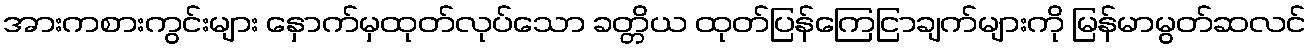
အားကစားကွင်းများ နှောက်မှထုတ်လုပ်သော ခတ္တိယ ထုတ်ပြန်ကြေငြာချက်များကို မြန်မာမွတ်ဆလင်